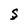
Character: S